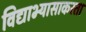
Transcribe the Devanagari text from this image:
विद्याभ्यासाकरता